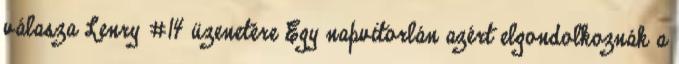
válasza Lenry #14 üzenetére Egy napvitorlán azért elgondolkoznák a